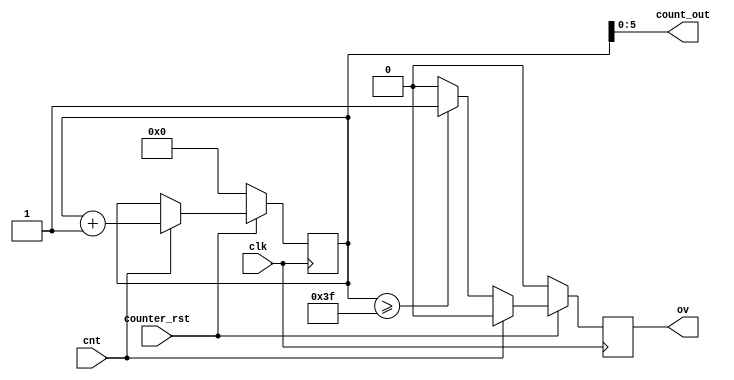
module counter(clk ,cnt ,counter_rst, ov , count_out);

	parameter counter_size = 6;
	input cnt , counter_rst , clk;
	output reg ov;
	output [counter_size-1:0]count_out;
	reg [counter_size:0] counter_reg;
	initial begin
		counter_reg = 0;
	end
	always@(posedge clk)begin
	  ov <= 0;
		if(!counter_rst)
			counter_reg = 0;
		else if(cnt)begin
			counter_reg = counter_reg+1;
		end
		else if(counter_reg >= 2**counter_size-1)
   			ov <= 1;
 		else
			counter_reg = counter_reg;
	end
	assign count_out = counter_reg[counter_size-1:0];
endmodule